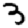
Digit: 3